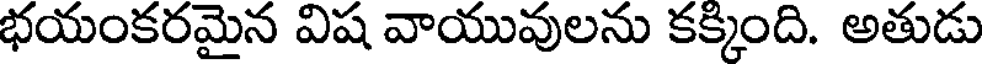
భయంకరమైన విష వాయువులను కక్కింది. అతుడు